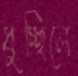
ধুচ্ছিলে